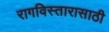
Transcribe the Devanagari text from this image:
रागविस्तारासाठी